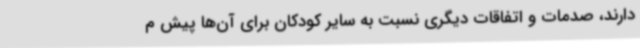
دارند، صدمات و اتفاقات دیگری نسبت به سایر کودکان برای آن‌ها پیش م